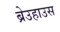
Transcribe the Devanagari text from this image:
ब्रेउहाउस